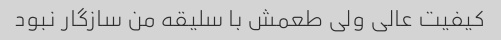
کیفیت عالى ولى طعمش با سلیقه من سازگار نبود